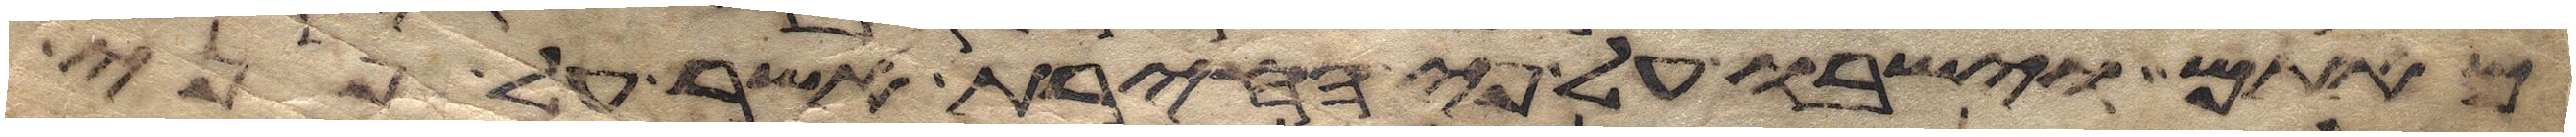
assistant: מאתם וישבו על פי החירת אשר לפני